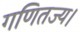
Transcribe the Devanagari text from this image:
गणितज्य।